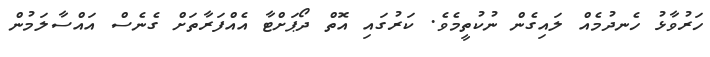
ހަރުވާޅު ހެނދުމެއް ލައިގެން ނުކުތީމެވެ. ކަރުގައި އޮތް ދޯޕަށްޓާ އެއްފަރާތަށް ގެނެސް އައްސާލަމުން